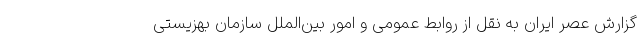
گزارش عصر ایران به نقل از روابط عمومی و امور بین‌الملل سازمان بهزیستی